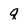
Character: q